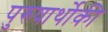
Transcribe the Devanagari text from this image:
पुरुषार्थोकी